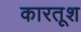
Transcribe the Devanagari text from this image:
कारतूश